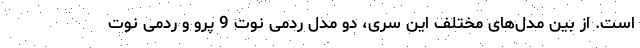
است. از بین مدل‌های مختلف این سری، دو مدل ردمی نوت 9 پرو و ردمی نوت